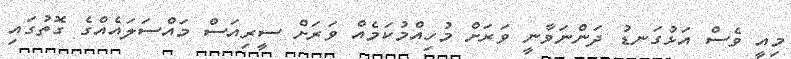
މިއީ ވެސް އަޅުގަނޑު ދަންނަވާނީ ވަރަށް މުހިއްމުކަމެއް ވަރަށް ސީރިއަސް މައްސަލައެއްގެ ގޮތުގައި